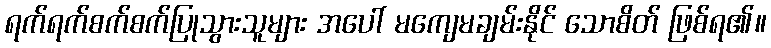
ရက်ရက်စက်စက်ပြုသွားသူများ အပေါ် မကျေမချမ်းနိုင် သောစိတ် ဖြစ်ရ၏။